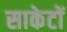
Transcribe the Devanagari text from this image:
साकेटों